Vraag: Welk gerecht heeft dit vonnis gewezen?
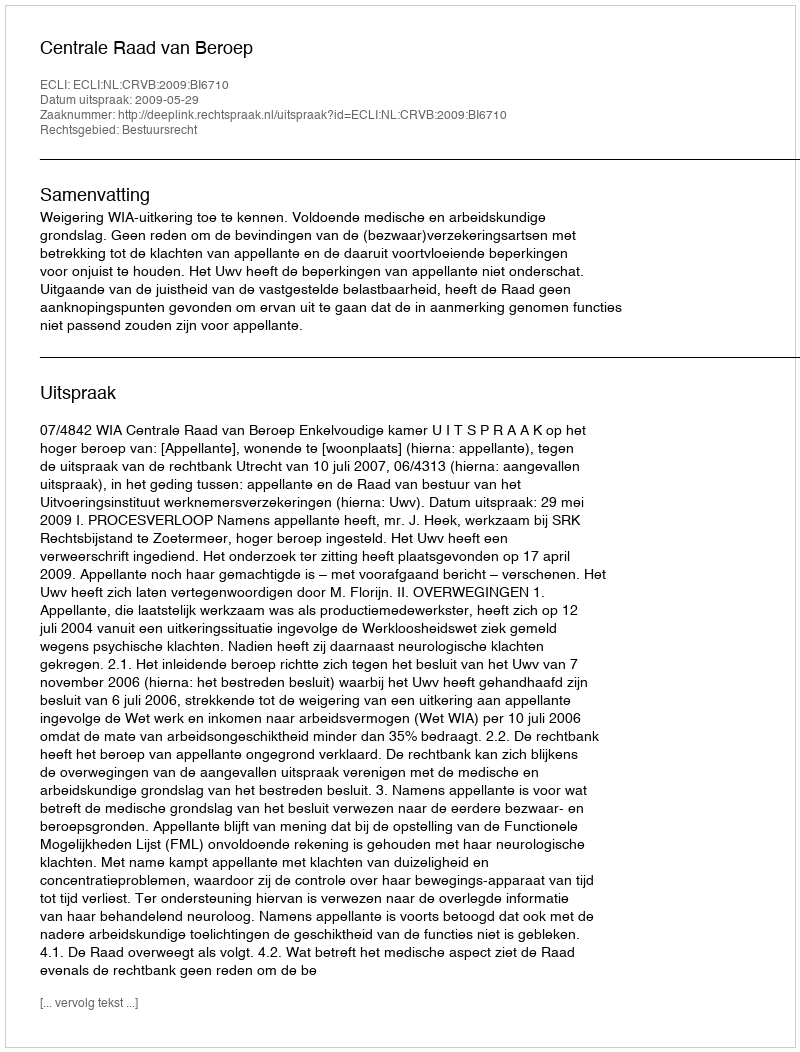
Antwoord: Centrale Raad van Beroep